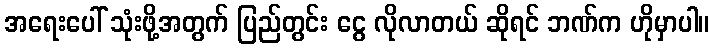
အရေးပေါ် သုံးဖို့အတွက် ပြည်တွင်း ငွေ လိုလာတယ် ဆိုရင် ဘဏ်က ဟိုမှာပါ။